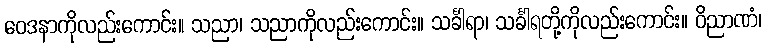
ဝေဒနာကိုလည်းကောင်း။ သညာ၊ သညာကိုလည်းကောင်း။ သင်္ခါရာ၊ သင်္ခါရတို့ကိုလည်းကောင်း။ ဝိညာဏံ၊